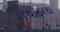
હાથોહાથ